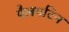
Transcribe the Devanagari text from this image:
पैलपटिन